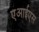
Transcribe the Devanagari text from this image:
एआईएस